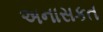
અનાસકત